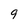
Character: 9